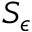
S _ { \epsilon }